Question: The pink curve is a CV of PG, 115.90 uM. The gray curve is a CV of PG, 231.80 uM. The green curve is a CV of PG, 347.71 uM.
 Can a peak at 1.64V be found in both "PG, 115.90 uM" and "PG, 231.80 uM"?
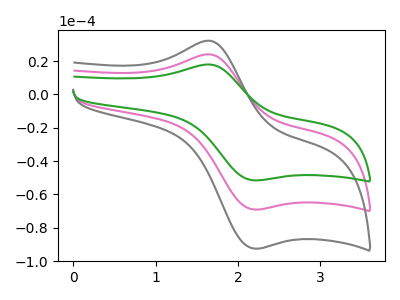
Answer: <think>The pink curve "PG, 115.90 uM" has an anodic peak at (1.65V, 24.10uA) and a cathodic peak at (2.20V, -69.05uA). The gray curve "PG, 231.80 uM" has an anodic peak at (1.65V, 32.30uA) and a cathodic peak at (2.20V, -92.50uA). The green curve "PG, 347.71 uM" has an anodic peak at (1.65V, 48.20uA) and a cathodic peak at (2.20V, -138.10uA).</think>
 <answer>Yes, "PG, 115.90 uM" and "PG, 231.80 uM" share a peak at 1.64V.</answer>
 <eval>match</eval>